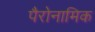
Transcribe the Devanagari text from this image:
पैरोनामिक